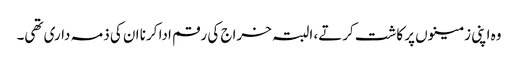
وہ اپنی زمینوں پر کاشت کرتے، البتہ خراج کی رقم ادا کرنا ان کی ذمہ داری تھی۔